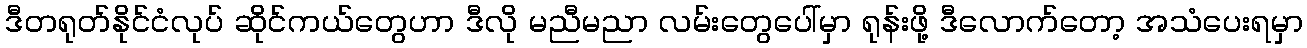
ဒီတရုတ်နိုင်ငံလုပ် ဆိုင်ကယ်တွေဟာ ဒီလို မညီမညာ လမ်းတွေပေါ်မှာ ရုန်းဖို့ ဒီလောက်တော့ အသံပေးရမှာ